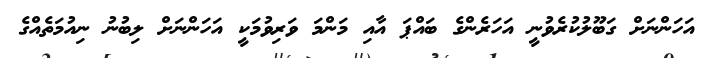
އަހަންނަށް ގަބޫލުކުރެވުނީ އަހަރެންގެ ބައްޕަ އާއި މަންމަ ވަރިވުމަކީ އަހަންނަށް ލިބުނު ނިއުމަތެއްގެ